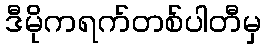
ဒီမိုကရက်တစ်ပါတီမှ